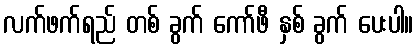
လက်ဖက်ရည် တစ် ခွက် ကော်ဖီ နှစ် ခွက် ပေးပါ။